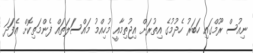
ނިއުސް ރޫމްގައި ހަބަރު ހެދުމުގެ އިތުރަށް އިޖުތިމާއީ މުހިއްމު މައްސަަލަތައް ފެންމަތިކޮށް އެފަަދަ